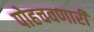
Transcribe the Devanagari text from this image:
पोहचवणारी